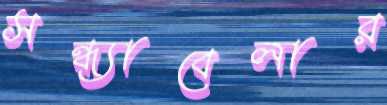
সন্ধ্যাবেলার